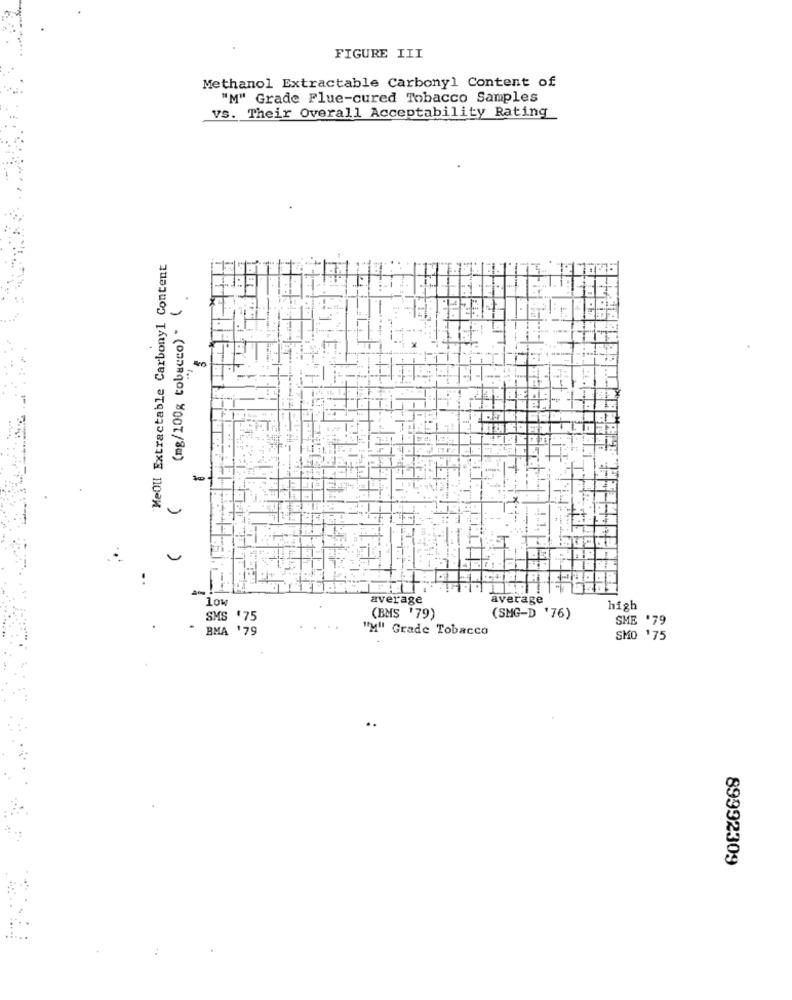
FIGURE III
Methanol Extractable Carbonyl Content of
"M" Grade Flue-cured Tobacco Samples
Vs. Their Overall Acceptability Rating
MeOll Extractable Carbonyl Content
(mg/100g tobacco) (
low
average
average
(SMG-D '76)
high
SMS '75
(BMS '79)
BMA 179
...
"y" Grade Tobacco
SME '79
SMO '75
89992309